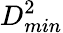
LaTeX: D_{min}^{2}